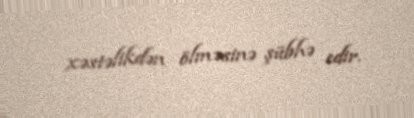
xəstəlikdən ölməsinə şübhə edir.